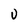
Character: V